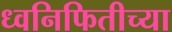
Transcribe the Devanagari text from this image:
ध्वनिफितीच्या